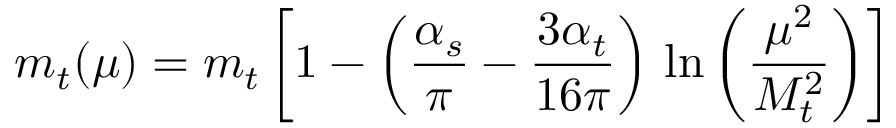
m _ { t } ( \mu ) = m _ { t } \left[ 1 - \left( { \frac { \alpha _ { s } } { \pi } } - { \frac { 3 \alpha _ { t } } { 1 6 \pi } } \right) \, \ln \left( { \frac { \mu ^ { 2 } } { M _ { t } ^ { 2 } } } \right) \right]